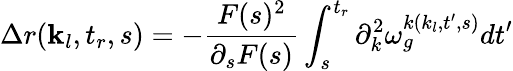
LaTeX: \Delta r(\textbf{k}_{l},t_{r},s)=-\frac{F(s)^{2}}{\partial_{s}F(s)}\int_{s}^{t_{r}}\partial_{k}^{2}\omega_{g}^{k(k_{l},t^{\prime},s)}dt^{\prime}